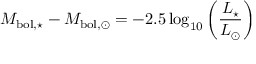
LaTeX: M _ { \mathrm { b o l , \star } } - M _ { \mathrm { b o l , \odot } } = - 2 . 5 \log _ { 1 0 } \left( { \frac { L _ { \star } } { L _ { \odot } } } \right)